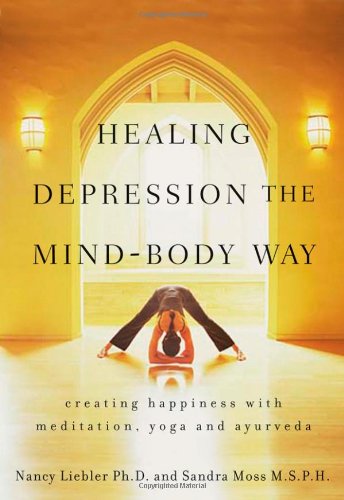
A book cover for Healing Depression the Mind-Body Way: Creating Happiness with Meditation, Yoga, and Ayurveda; Nancy Liebler; Health, Fitness & Dieting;